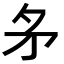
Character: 𭿶